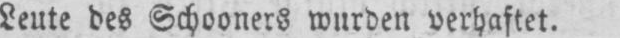
Leute des Schooners wurden verhaftet.